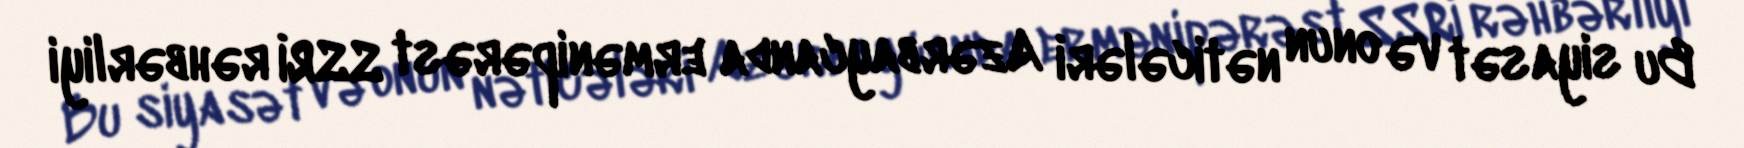
Bu siyasət və onun nəticələri Azərbaycanda ermənipərəst SSRİ rəhbərliyi